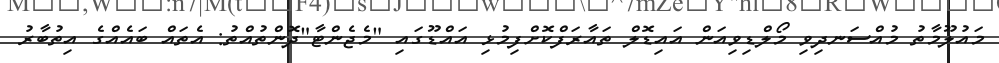
މައުލޫމާތު މުއްސަނދިވި މޯލްޑިވިއަން އައިޑޮލް ތައާރަފްކޮށްފިމުޅި އައްޑޫގައި "މެޖެންޓާ"ދޮންތުއްތު: އެތައް ބައެއްގެ އިތުބާރު